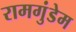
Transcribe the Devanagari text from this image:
रामगुंडेम